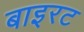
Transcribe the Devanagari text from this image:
बाइरट